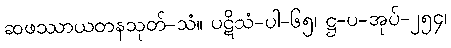
ဆဖဿာယတနသုတ်-သံ။ ပဋိသံ-ပါ-၆၅၊ ဋ္ဌ-ပ-အုပ်-၂၅၄၊